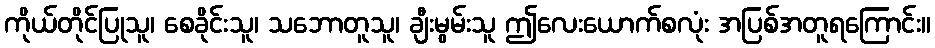
ကိုယ်တိုင်ပြုသူ၊ စေခိုင်းသူ၊ သဘောတူသူ၊ ချီးမွမ်းသူ ဤလေးယောက်စလုံး အပြစ်အတူရကြောင်း။